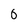
Character: 0